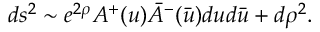
d s ^ { 2 } \sim e ^ { 2 \rho } A ^ { + } ( u ) \bar { A } ^ { - } ( \bar { u } ) d u d \bar { u } + d \rho ^ { 2 } .